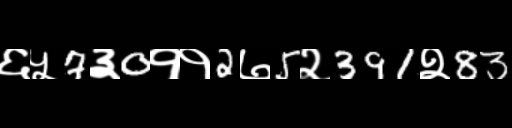
Text: ६५7३0११2७5२391२83